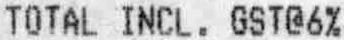
TOTAL INCL. GST@6%